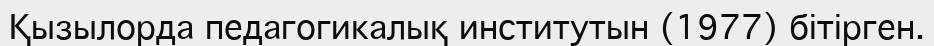
Қызылорда педагогикалық институтын (1977) бітірген.